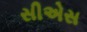
સીએસ